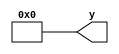
module constant_32bit(y);
   parameter value = 32'd0;

   output [31:0] y;

	assign y = value;
	
endmodule